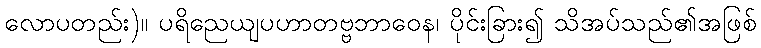
လောပတည်း)။ ပရိညေယျပဟာတဗ္ဗဘာဝေန၊ ပိုင်းခြား၍ သိအပ်သည်၏အဖြစ်